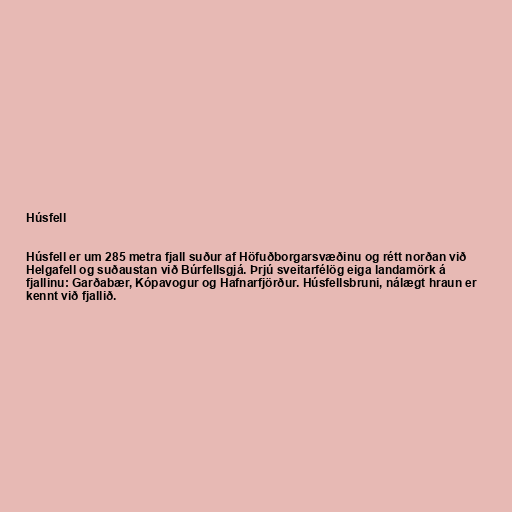
Húsfell

Húsfell er um 285 metra fjall suður af Höfuðborgarsvæðinu og rétt norðan við
Helgafell og suðaustan við Búrfellsgjá. Þrjú sveitarfélög eiga landamörk á
fjallinu: Garðabær, Kópavogur og Hafnarfjörður. Húsfellsbruni, nálægt hraun er
kennt við fjallið.